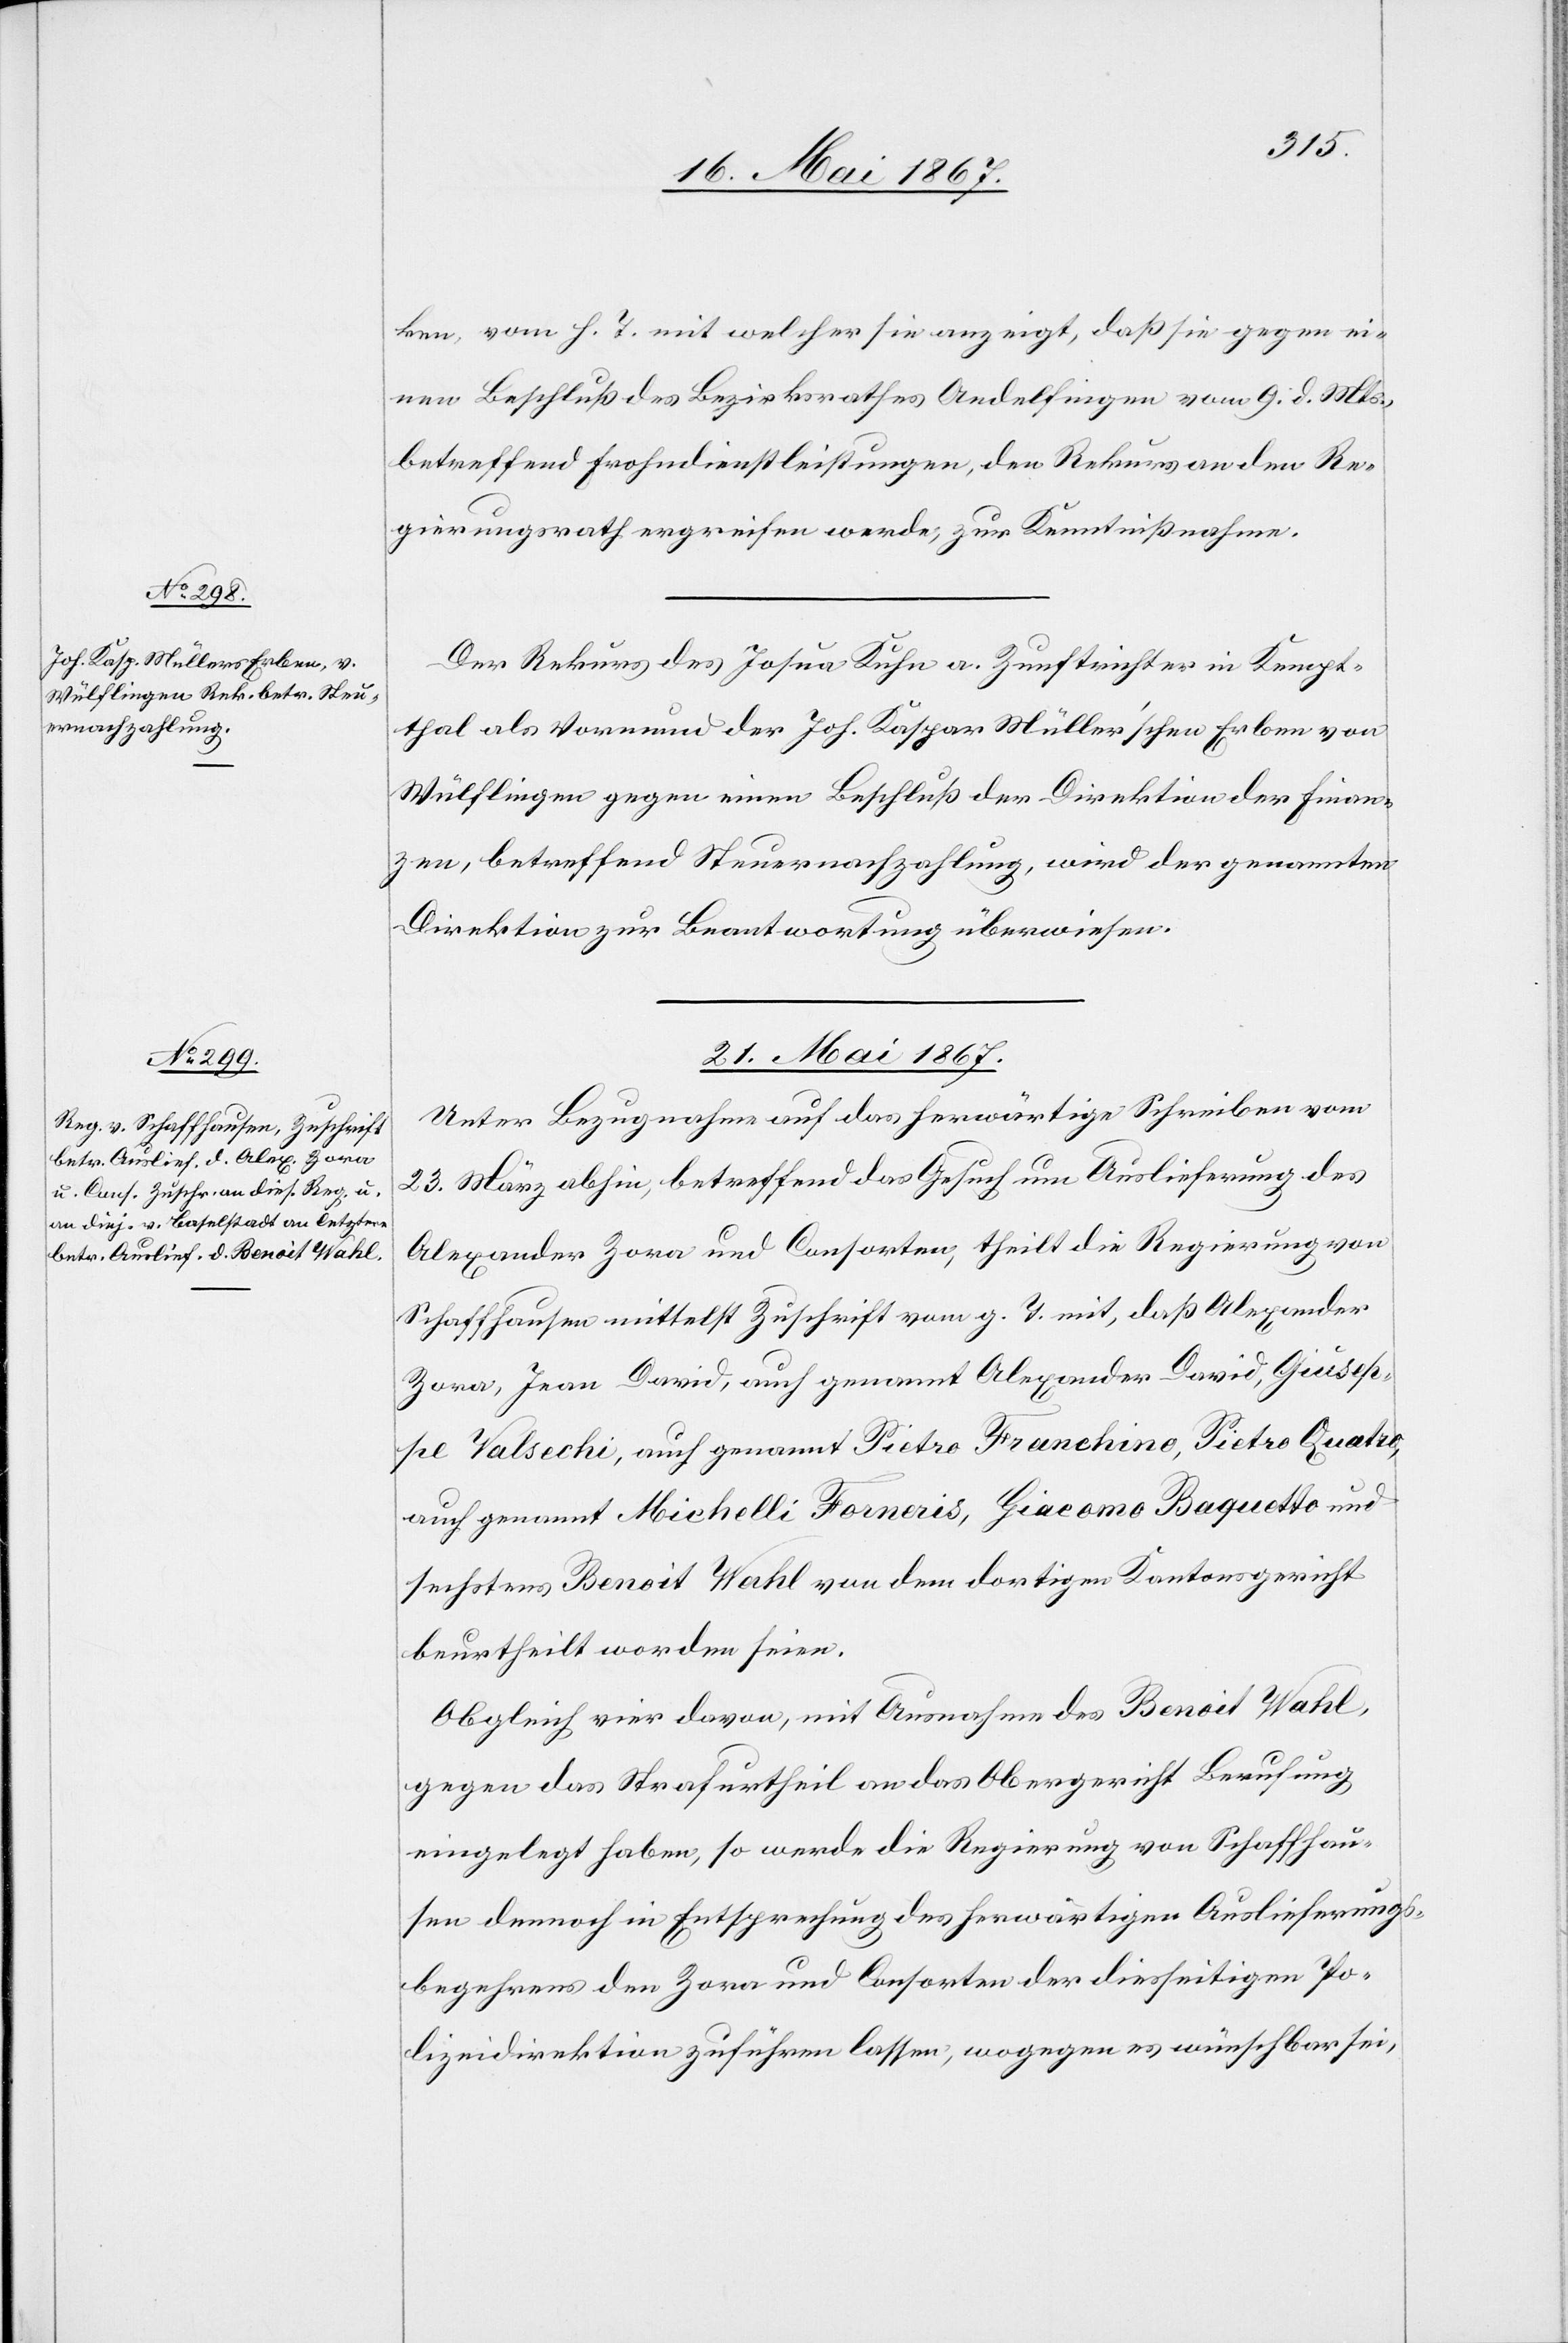
20. Mai 1867.]
ken vom h. T. mit welcher sie anzeigt, daß sie gegen ei¬
nen Beschluß des Bezirksrathes Andelfingen vom 9. d. Mts.,
betreffend Frohndienstleistungen, den Rekurs an den Re¬
gierungsrath ergreifen werde, zur Kenntnißnahme.
Der Rekurs des Josua Kuhn a. Zunftrichter in Kempt¬
thal als Vormund der Joh. Kaspar Müller’schen Erben von
Wülflingen gegen einen Beschluß der Direktion der Finan¬
zen, betreffend Steuernachzahlung, wird der genannten
Direktion zur Beantwortung überwiesen.
21. Mai 1867.
Unter Bezugnahme auf das herwärtige Schreiben vom
23. März abhin, betreffend das Gesuch um Auslieferung des
Alexander Zara und Consorten, theilt die Regierung von
Schaffhausen mittelst Zuschrift vom g. T. mit, daß Alexander
Zara, Jean David, auch genannt Alexander-David, Giusep¬
pe Valsechi, auch genannt Pietro Franchino, Pietro Quatro,
auch genannt Michelli Forneris, Giacomo Baquotto und
sechstens Benoit Wahl von dem dortigen Kantonsgericht
beurtheilt worden seien.
Obgleich vier davon, mit Ausnahme des Benoit Wahl,
gegen das Strafurtheil an das Obergericht Berufung
eingelegt haben, so werde die Regierung von Schaffhau¬
sen dennoch in Entsprechung des herwärtigen Auslieferungs¬
begehrens den Zara und Consorten der diesseitigen Po¬
lizeidirektion zuführen lassen, wogegen es wünschbar sei,